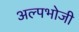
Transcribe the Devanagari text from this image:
अल्पभोजी